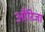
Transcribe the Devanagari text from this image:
औरिजा